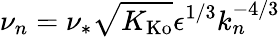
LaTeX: \nu_{n}=\nu_{*}\sqrt{K_{\mathrm{Ko}}}\epsilon^{1/3}k_{n}^{-4/3}